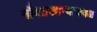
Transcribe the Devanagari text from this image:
नौबतखान्याजवळ